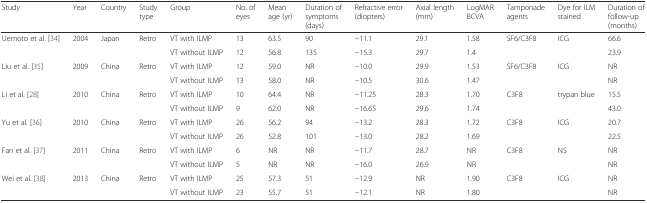
<table><thead><tr><td><b>Study</b></td><td><b>Year</b></td><td><b>Country</b></td><td><b>Study type</b></td><td><b>Group</b></td><td><b>No. of eyes</b></td><td><b>Mean age (yr)</b></td><td><b>Duration of symptoms (days)</b></td><td><b>Refractive error (diopters)</b></td><td><b>Axial length (mm)</b></td><td><b>LogMAR BCVA</b></td><td><b>Tamponade agents</b></td><td><b>Dye for ILM stained</b></td><td><b>Duration of follow-up (months)</b></td></tr></thead><tbody><tr><td rowspan="2">Uemoto et al. [34]</td><td rowspan="2">2004</td><td rowspan="2">Japan</td><td rowspan="2">Retro</td><td>VT with ILMP</td><td>13</td><td>63.5</td><td>90</td><td>−11.1</td><td>29.1</td><td>1.58</td><td rowspan="2">SF6/C3F8</td><td rowspan="2">ICG</td><td>66.6</td></tr><tr><td>VT without ILMP</td><td>12</td><td>56.8</td><td>135</td><td>−15.3</td><td>29.7</td><td>1.4</td><td>23.9</td></tr><tr><td rowspan="2">Liu et al. [35]</td><td rowspan="2">2009</td><td rowspan="2">China</td><td rowspan="2">Retro</td><td>VT with ILMP</td><td>12</td><td>59.0</td><td>NR</td><td>−10.0</td><td>29.9</td><td>1.53</td><td rowspan="2">SF6/C3F8</td><td rowspan="2">ICG</td><td>NR</td></tr><tr><td>VT without ILMP</td><td>13</td><td>58.0</td><td>NR</td><td>−10.5</td><td>30.6</td><td>1.47</td><td>NR</td></tr><tr><td rowspan="2">Li et al. [28]</td><td rowspan="2">2010</td><td rowspan="2">China</td><td rowspan="2">Retro</td><td>VT with ILMP</td><td>10</td><td>64.4</td><td>NR</td><td>−11.25</td><td>28.3</td><td>1.70</td><td rowspan="2">C3F8</td><td rowspan="2">trypan blue</td><td>15.5</td></tr><tr><td>VT without ILMP</td><td>9</td><td>62.0</td><td>NR</td><td>−16.65</td><td>29.6</td><td>1.74</td><td>43.0</td></tr><tr><td rowspan="2">Yu et al. [36]</td><td rowspan="2">2010</td><td rowspan="2">China</td><td rowspan="2">Retro</td><td>VT with ILMP</td><td>26</td><td>56.2</td><td>94</td><td>−13.2</td><td>28.3</td><td>1.72</td><td rowspan="2">C3F8</td><td rowspan="2">ICG</td><td>20.7</td></tr><tr><td>VT without ILMP</td><td>26</td><td>52.8</td><td>101</td><td>−13.0</td><td>28.2</td><td>1.69</td><td>22.5</td></tr><tr><td rowspan="2">Fan et al. [37]</td><td rowspan="2">2011</td><td rowspan="2">China</td><td rowspan="2">Retro</td><td>VT with ILMP</td><td>6</td><td>NR</td><td>NR</td><td>−11.7</td><td>28.7</td><td>NR</td><td rowspan="2">C3F8</td><td rowspan="2">NS</td><td>NR</td></tr><tr><td>VT without ILMP</td><td>5</td><td>NR</td><td>NR</td><td>−16.0</td><td>26.9</td><td>NR</td><td>NR</td></tr><tr><td rowspan="2">Wei et al. [38]</td><td rowspan="2">2013</td><td rowspan="2">China</td><td rowspan="2">Retro</td><td>VT with ILMP</td><td>25</td><td>57.3</td><td>51</td><td>−12.9</td><td>NR</td><td>1.90</td><td rowspan="2">C3F8</td><td rowspan="2">ICG</td><td>NR</td></tr><tr><td>VT without ILMP</td><td>23</td><td>55.7</td><td>51</td><td>−12.1</td><td>NR</td><td>1.80</td><td>NR</td></tr></tbody></table>